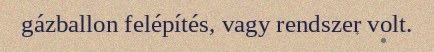
gázballon felépítés, vagy rendszer volt.